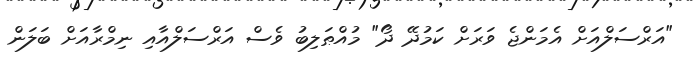
"އަރްސަލްއަށް އެމަންޖެ ވަރަށް ކަމުދޭ ދޯ" މުއްޠަލިބު ވެސް އަރްސަލްއާއި ނިމްރާއަށް ބަލަން